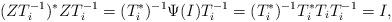
LaTeX: \begin{align*} (ZT_i^{-1})^*ZT_i^{-1} =(T_i^*)^{-1}\Psi(I)T_i^{-1} =(T_i^*)^{-1}T_i^*T_iT_i^{-1} =I, \end{align*}